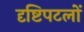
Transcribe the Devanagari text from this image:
दृष्टिपटलों